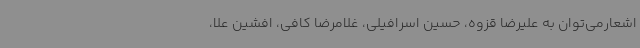
اشعارمی‌توان به علیرضا قزوه، حسین اسرافیلی، غلامرضا کافی، افشین علا،